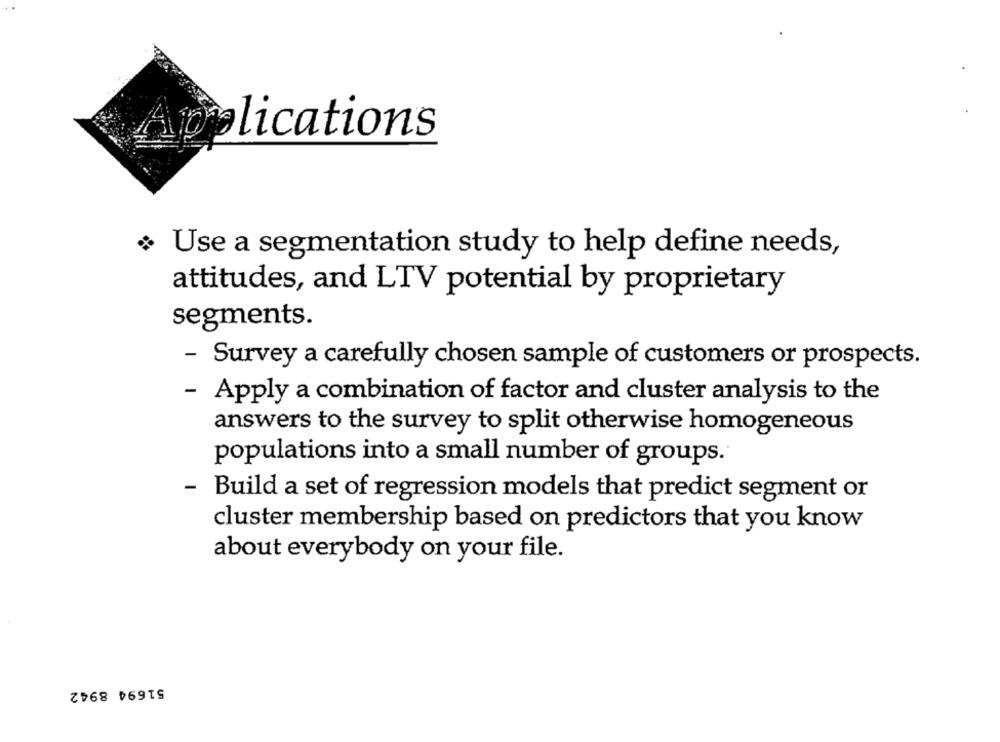
Applications
Use a segmentation study to help define needs,
attitudes, and LTV potential by proprietary
segments.
- Survey a carefully chosen sample of customers or prospects.
- Apply a combination of factor and cluster analysis to the
answers to the survey to split otherwise homogeneous
populations into a small number of groups.
·Build a set of regression models that predict segment or
cluster membership based on predictors that you know
about everybody on your file.
51694 8942